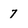
Character: 7